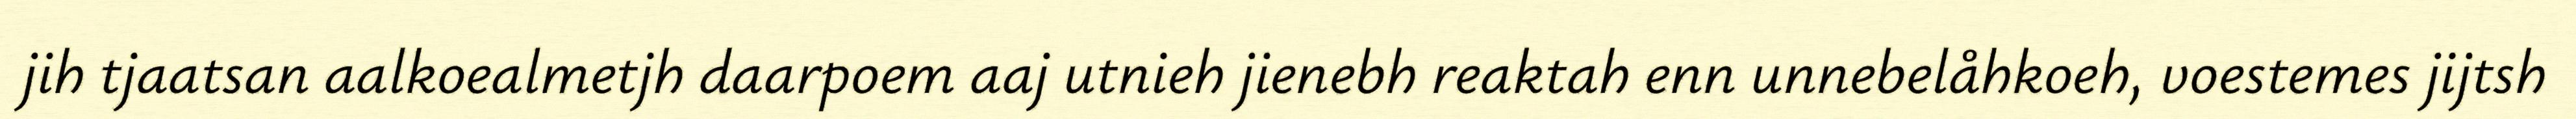
jih tjaatsan aalkoealmetjh daarpoem aaj utnieh jienebh reaktah enn unnebelåhkoeh, voestemes jijtsh